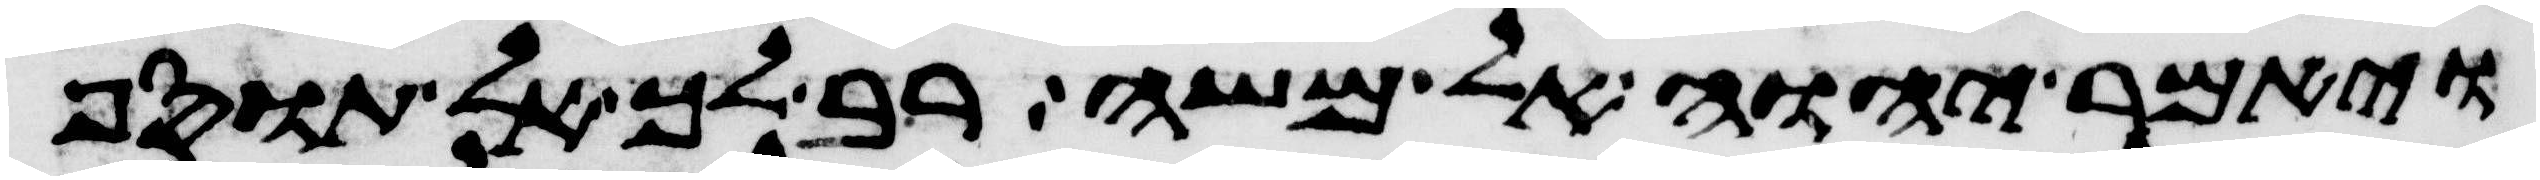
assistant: ויאמר יהוה אל משה רב לך אל תוסף